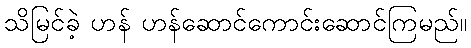
သိမြင်ခဲ့ ဟန် ဟန်ဆောင်ကောင်းဆောင်ကြမည်။